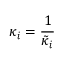
\kappa _ { i } = \frac { 1 } { \tilde { \kappa } _ { i } }